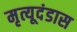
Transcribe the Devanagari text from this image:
मृत्यूदंडास